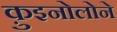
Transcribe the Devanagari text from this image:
क़ुइनोलोने